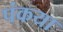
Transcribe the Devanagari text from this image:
पंकया